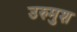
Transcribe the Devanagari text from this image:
उरुमुश